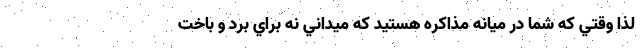
لذا وقتي كه شما در ميانه مذاكره هستيد كه ميداني نه براي برد و باخت